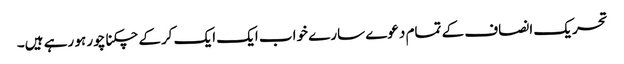
تحریک انصاف کے تمام دعوے سارے خواب ایک ایک کرکے چکنا چور ہو رہے ہیں۔